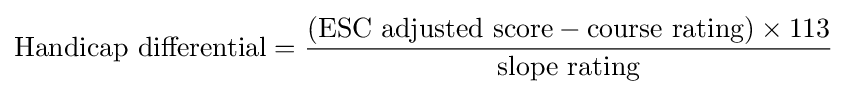
{\mbox{Handicap differential}}={\frac {({\mbox{ESC adjusted score}}-{\mbox{course rating}})\times {\mbox{113}}}{\mbox{slope rating}}}